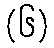
(၆)